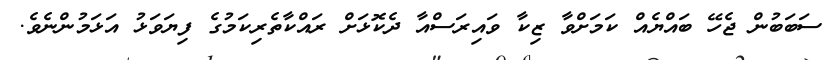
ސަބަބުން ޖެހޭ ބައްޔެއް ކަމަށްވާ ޒިކާ ވައިރަސްއާ ދެކޮޅަށް ރައްކާތެރިކަމުގެ ފިޔަވަޅު އަޅަމުންނެވެ.